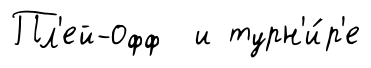
Пл'ей-офф и турн'и́р'е